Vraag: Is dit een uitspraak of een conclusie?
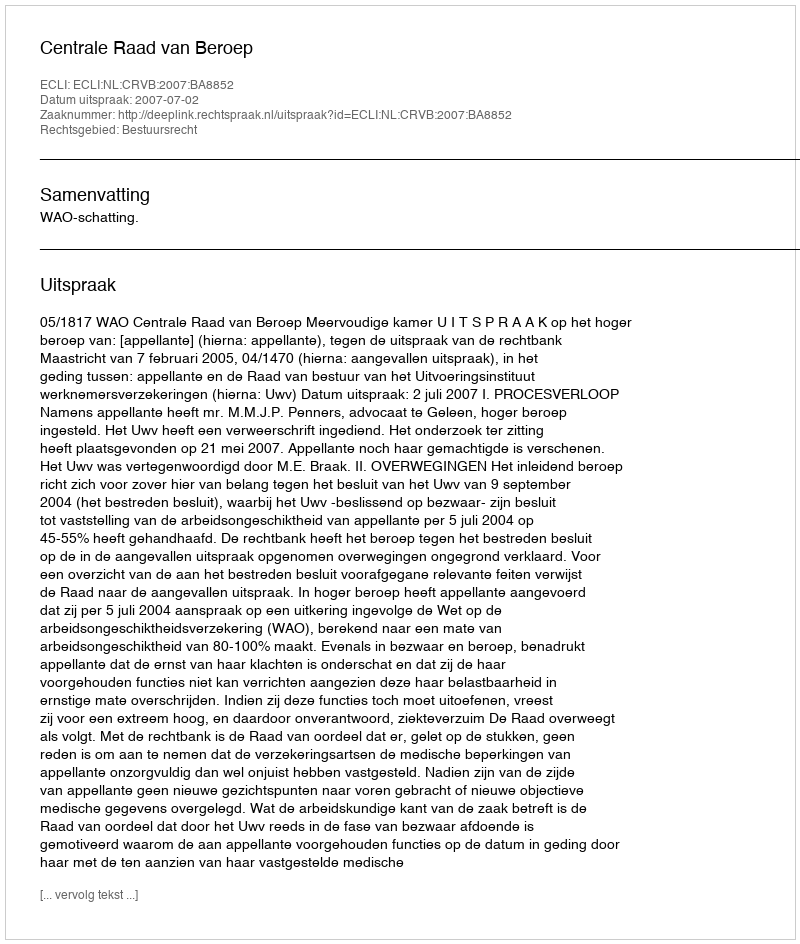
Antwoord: Uitspraak